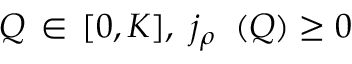
\, Q \, \in \, [ 0 , K ] , ~ j _ { \rho } ^ { \mathrm { ~ \, ~ } } \left( Q \right) \geq 0